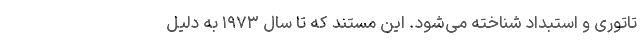
تاتوری و استبداد شناخته می‌شود. این مستند که تا سال ۱۹۷۳ به دلیل